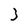
Character: 3